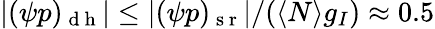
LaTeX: |(\psi p)_{\mathrm{~d~h~}}|\leq|(\psi p)_{\mathrm{~s~r~}}|/(\langle N\rangle g_{I})\approx 0.5